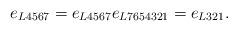
LaTeX: \begin{align*}e_{L4567} = e_{L4567}e_{L7654321} = e_{L321}. \end{align*}